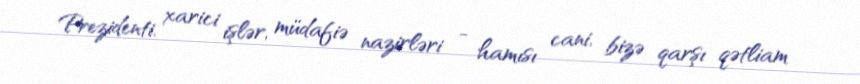
Prezidenti, xarici işlər, müdafiə nazirləri - hamısı cani, bizə qarşı qətliam